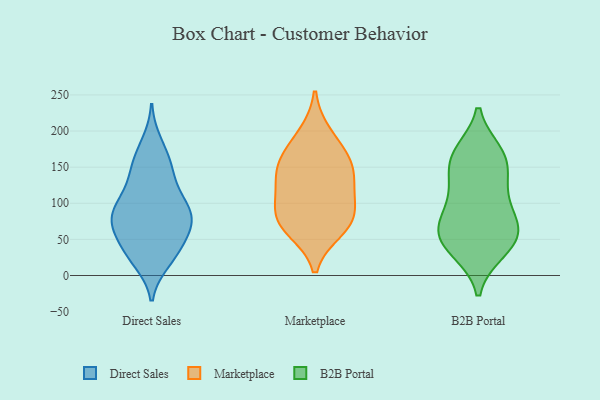
{"axis": {"x": "Headcount", "y": "Value"}, "legend": ["B2B Portal", "Direct Sales", "Marketplace"], "data": [{"x": "", "y": 61, "type": "Direct Sales"}, {"x": "", "y": 26, "type": "Direct Sales"}, {"x": "", "y": 32, "type": "Direct Sales"}, {"x": "", "y": 33, "type": "Direct Sales"}, {"x": "", "y": 79, "type": "Direct Sales"}, {"x": "", "y": 147, "type": "Direct Sales"}, {"x": "", "y": 20, "type": "Direct Sales"}, {"x": "", "y": 95, "type": "Direct Sales"}, {"x": "", "y": 77, "type": "Direct Sales"}, {"x": "", "y": 183, "type": "Direct Sales"}, {"x": "", "y": 150, "type": "Direct Sales"}, {"x": "", "y": 113, "type": "Direct Sales"}, {"x": "", "y": 125, "type": "Direct Sales"}, {"x": "", "y": 90, "type": "Direct Sales"}, {"x": "", "y": 65, "type": "Direct Sales"}, {"x": "", "y": 82, "type": "Direct Sales"}, {"x": "", "y": 59, "type": "Direct Sales"}, {"x": "", "y": 93, "type": "Direct Sales"}, {"x": "", "y": 162, "type": "Direct Sales"}, {"x": "", "y": 84, "type": "Marketplace"}, {"x": "", "y": 195, "type": "Marketplace"}, {"x": "", "y": 121, "type": "Marketplace"}, {"x": "", "y": 64, "type": "Marketplace"}, {"x": "", "y": 153, "type": "Marketplace"}, {"x": "", "y": 121, "type": "Marketplace"}, {"x": "", "y": 82, "type": "Marketplace"}, {"x": "", "y": 150, "type": "Marketplace"}, {"x": "", "y": 72, "type": "Marketplace"}, {"x": "", "y": 166, "type": "Marketplace"}, {"x": "", "y": 170, "type": "B2B Portal"}, {"x": "", "y": 152, "type": "B2B Portal"}, {"x": "", "y": 58, "type": "B2B Portal"}, {"x": "", "y": 149, "type": "B2B Portal"}, {"x": "", "y": 171, "type": "B2B Portal"}, {"x": "", "y": 33, "type": "B2B Portal"}, {"x": "", "y": 73, "type": "B2B Portal"}, {"x": "", "y": 57, "type": "B2B Portal"}, {"x": "", "y": 63, "type": "B2B Portal"}, {"x": "", "y": 128, "type": "B2B Portal"}, {"x": "", "y": 33, "type": "B2B Portal"}, {"x": "", "y": 110, "type": "B2B Portal"}, {"x": "", "y": 110, "type": "B2B Portal"}, {"x": "", "y": 82, "type": "B2B Portal"}, {"x": "", "y": 66, "type": "B2B Portal"}, {"x": "", "y": 170, "type": "B2B Portal"}, {"x": "", "y": 40, "type": "B2B Portal"}]}